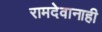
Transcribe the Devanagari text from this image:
रामदेवानाही